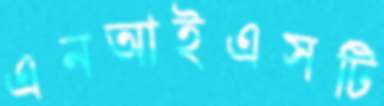
এনআইএসটি